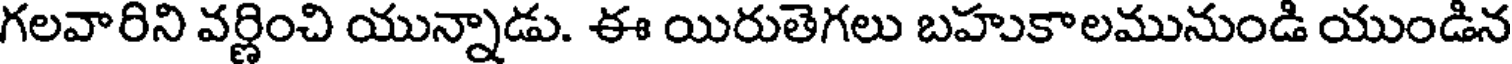
గలవారిని వర్ణించి యున్నాడు. ఈ యిరుతెగలు బహుకాలమునుండి యుండిన